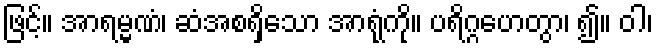
ဖြင့်။ အာရမ္မဏံ၊ ဆံအစရှိသော အာရုံကို။ ပရိဂ္ဂဟေတွာ၊ ၍။ ဝါ၊